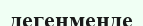
дегенменде